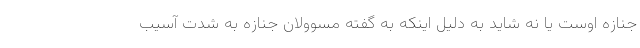
جنازه اوست یا نه شاید به دلیل اینکه به گفته مسوولان جنازه به شدت آسیب